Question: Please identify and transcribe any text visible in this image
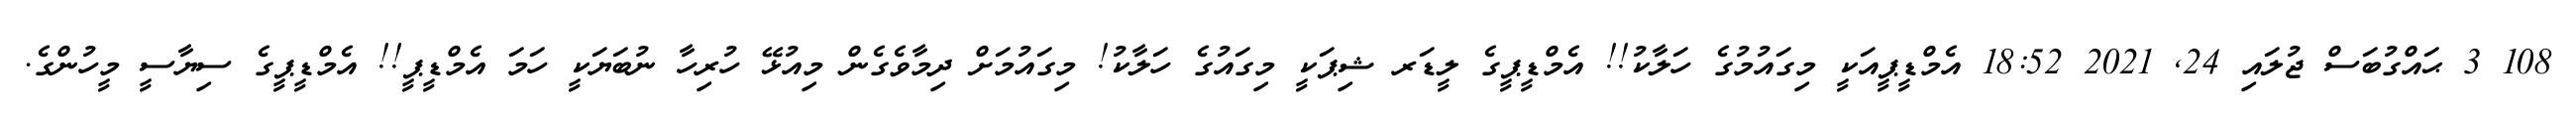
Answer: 108 3 ޙައްގުބަސް ޖުލައި 24, 2021 18:52 އެމްޑީޕީއަކީ މިގައުމުގެ ހަލާކު!! އެމްޑީޕީގެ ލީޑަރ ޝިޕަކީ މިގައުގެ ހަލާކު! މިގައުމަށް ދިމާވެގެން މިއުޅޭ ހުރިހާ ނުބަޔަކީ ހަމަ އެމްޑީޕީ!! އެމްޑީޕީގެ ސިޔާސީ މީހުންގެ.